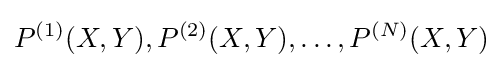
P^{(1)}(X,Y),P^{(2)}(X,Y),\ldots ,P^{(N)}(X,Y)